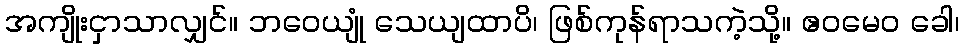
အကျိုးငှာသာလျှင်။ ဘဝေယျုံ သေယျထာပိ၊ ဖြစ်ကုန်ရာသကဲ့သို့။ ဧဝမေဝ ခေါ၊